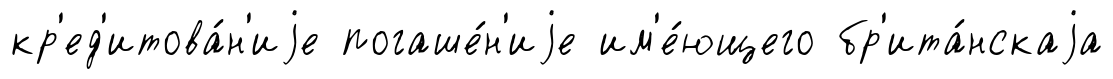
кр'ед'итова́н'иjе погаше́н'иjе им'е́ющего бр'ита́нскаjа